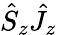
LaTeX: \hat{S}_{z}\hat{J}_{z}